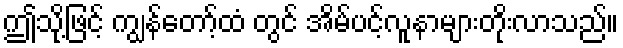
ဤသို့ဖြင့် ကျွန်တော့်ထံ တွင် အိမ်ပင့်လူနာများတိုးလာသည်။